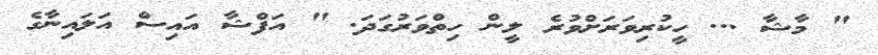
" މާޝާ ... ހީކުރިވަރަށްވުރެ ލީން ހިތްވަރުގަދަ. " އަފްޝާ އައިސް އަލައިނާގެ